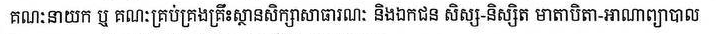
គណៈនាយក ឬ គណៈគ្រប់គ្រងគ្រឹះស្ថានសិក្សាសាធារណៈ និងឯកជន សិស្ស-និស្សិត មាតាបិតា-អាណាព្យបាល